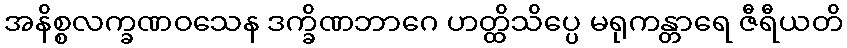
အနိစ္စလက္ခဏဝသေန ဒက္ခိဏဘာဂေ ဟတ္ထိသိပ္ပေ မရုကန္တာရေ ဇီရီယတိ